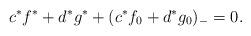
LaTeX: \begin{gather*}c^{*}f^{*}+d^{*}g^{*}+ (c^{*}f_0+d^{*}g_0 )_{-}=0.\end{gather*}